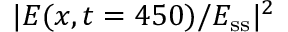
| E ( x , t = 4 5 0 ) / E _ { \mathrm { s s } } | ^ { 2 }